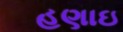
હણાઇ